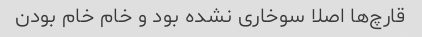
قارچ‌ها اصلا سوخاری نشده بود و خام خام بودن